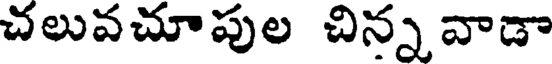
చలువచూపుల చిన్న వాడా